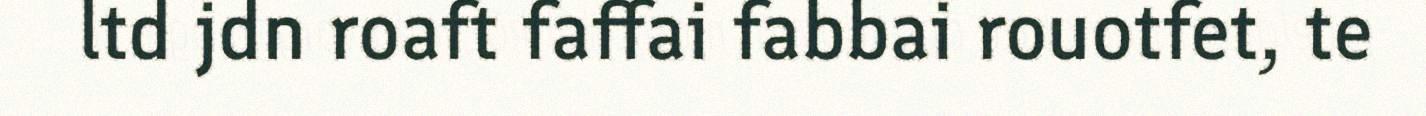
ltd jdn roaft faffai fabbai rouotfet, te